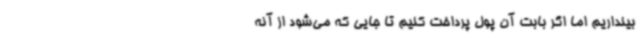
بینداریم اما اگر بابت آن پول پرداخت کنیم تا جایی که می‌شود از آنه